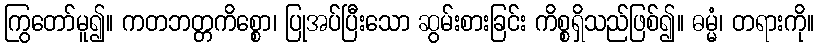
ကြွတော်မူ၍။ ကတဘတ္တကိစ္စော၊ ပြုအပ်ပြီးသော ဆွမ်းစားခြင်း ကိစ္စရှိသည်ဖြစ်၍။ ဓမ္မံ၊ တရားကို။